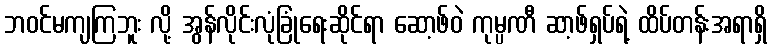
ဘဝင်မကျကြဘူး လို့ အွန်လိုင်းလုံခြုံရေးဆိုင်ရာ ဆော့ဖ်ဝဲ ကုမ္ပဏီ ဆာ့ဖ်ရှပ်ရဲ့ ထိပ်တန်းအရာရှိ